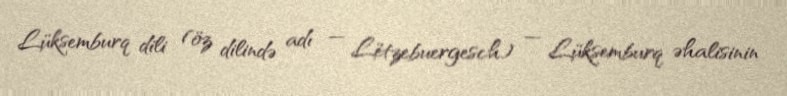
Lüksemburq dili (öz dilində adı — Lëtzebuergesch) — Lüksemburq əhalisinin